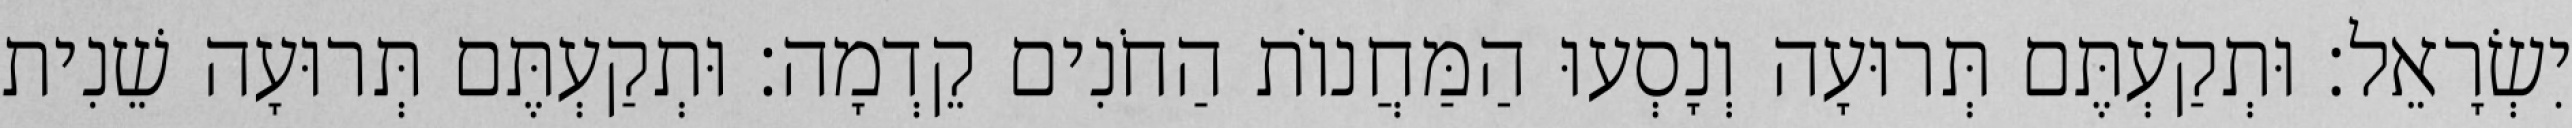
יִשְׂרָאֵל׃ וּתְקַעְתֶּם תְּרוּעָה וְנָסְעוּ הַמַּחֲנוֹת הַחֹנִים קֵדְמָה׃ וּתְקַעְתֶּם תְּרוּעָה שֵׁנִית